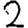
Digit: 2